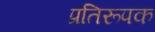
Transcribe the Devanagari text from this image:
प्रतिरूपक